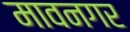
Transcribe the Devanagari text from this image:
मावनगर